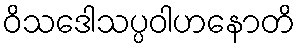
ဝိသဒေါသပ္ပဝါဟနောတိ